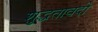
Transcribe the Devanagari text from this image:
शुद्धतावदी